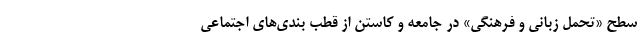
سطح «تحمل زبانی و فرهنگی» در جامعه و کاستن از قطب بندی‌های اجتماعی